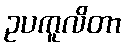
ဥပကူလိတာ